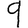
Digit: 9